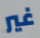
غير